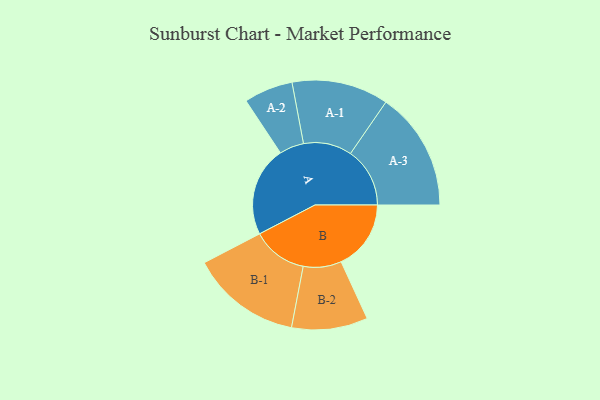
{"axis": {"x": "Segment", "y": "Value"}, "legend": ["", "A", "B"], "data": [{"x": "A", "y": 418, "type": ""}, {"x": "B", "y": 325, "type": ""}, {"x": "A-1", "y": 225, "type": "A"}, {"x": "A-2", "y": 114, "type": "A"}, {"x": "A-3", "y": 276, "type": "A"}, {"x": "B-1", "y": 257, "type": "B"}, {"x": "B-2", "y": 177, "type": "B"}]}